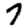
Digit: 7